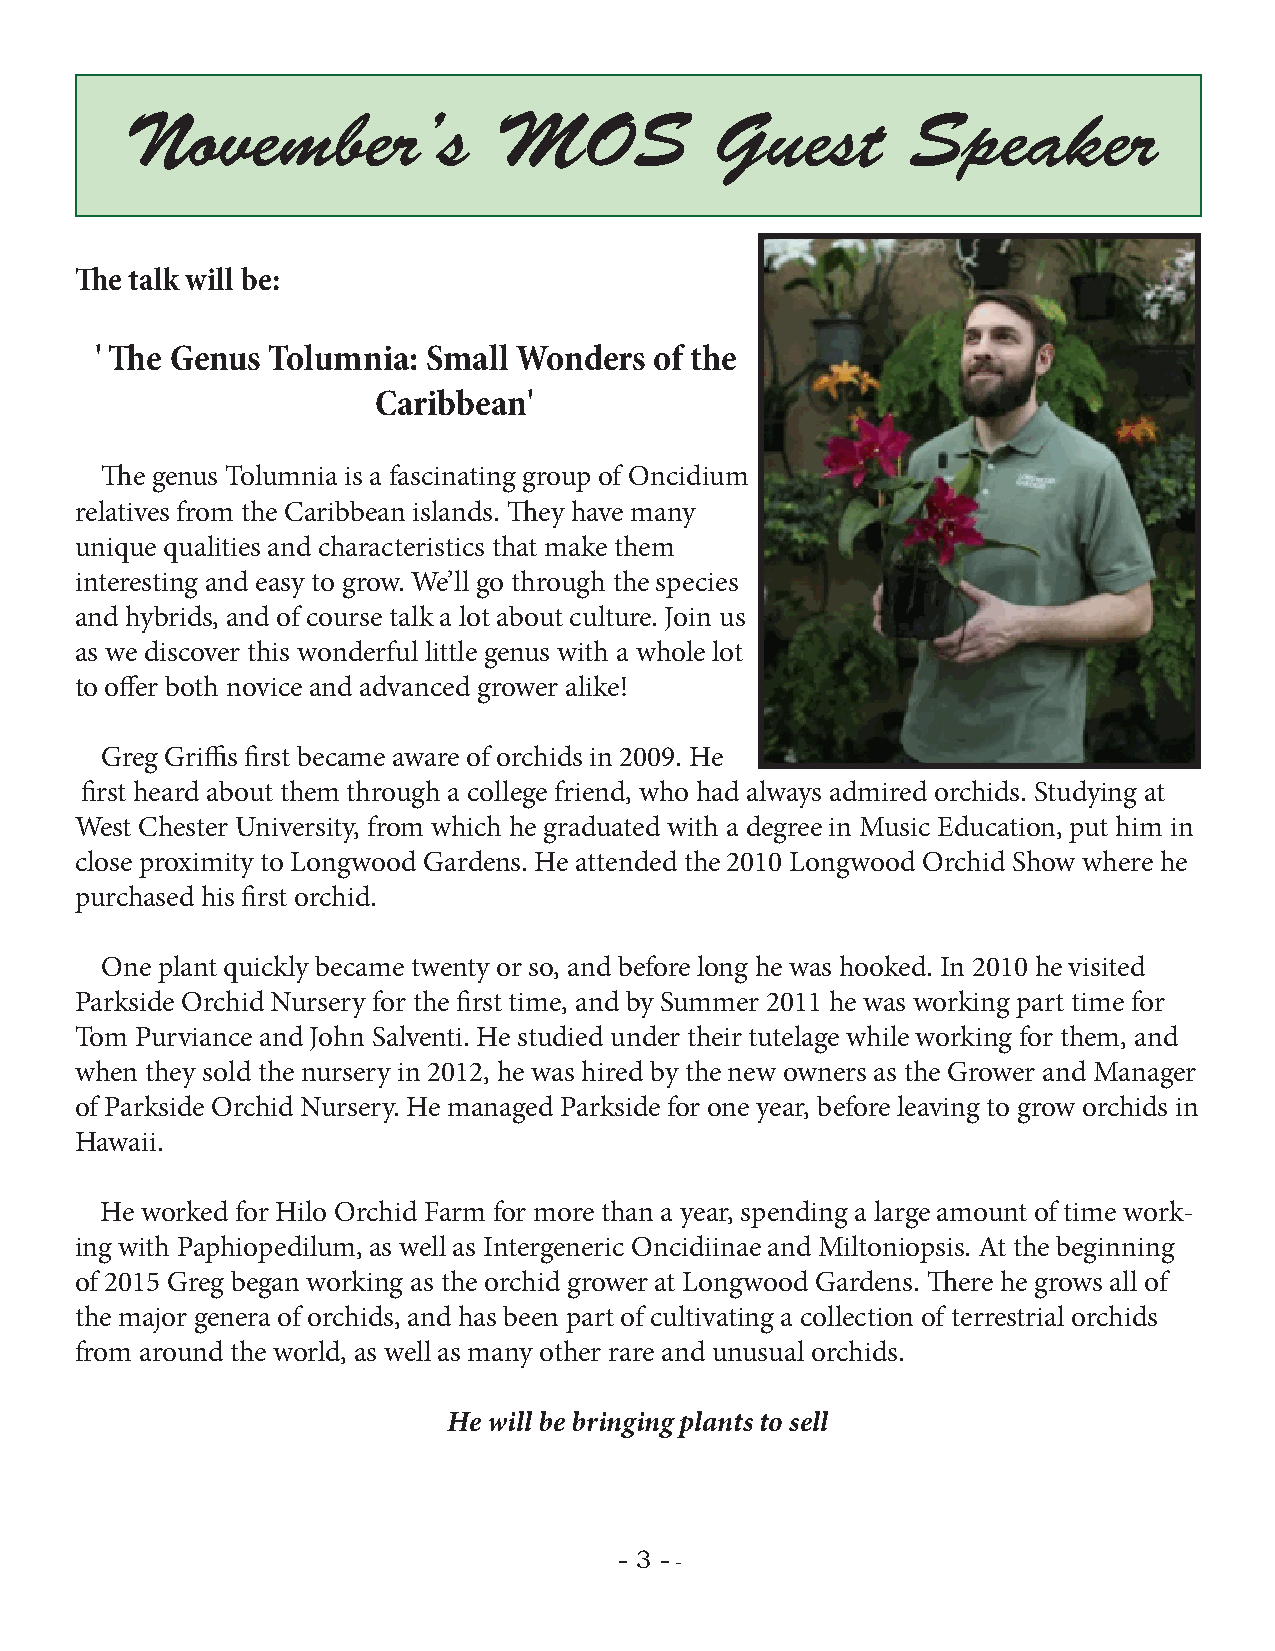
November’s               MOS           Guest        Speaker
 The talk will be:
 ' The Genus Tolumnia: Small Wonders  of the
 Caribbean'
 The genus Tolumnia is a fascinating group of Oncidium
 relatives from the Caribbean islands. They have many
 unique qualities and characteristics that make them
 interesting and easy to grow. We’ll go through the species
 and hybrids, and of course talk a lot about culture. Join us
 as we discover this wonderful little genus with a whole lot
 to offer both novice and advanced grower alike!
 Greg Griffis first became aware of orchids in 2009. He
 first heard about them through a college friend, who had always admired orchids. Studying at
 West Chester University, from which he graduated with a degree in Music Education, put him in
 close proximity to Longwood Gardens. He attended the 2010 Longwood Orchid Show where he
 purchased his first orchid.
 One plant quickly became twenty or so, and before long he was hooked. In 2010 he visited
 Parkside Orchid Nursery for the first time, and by Summer 2011 he was working part time for
 Tom Purviance and John Salventi. He studied under their tutelage while working for them, and
 when they sold the nursery in 2012, he was hired by the new owners as the Grower and Manager
 of Parkside Orchid Nursery. He managed Parkside for one year, before leaving to grow orchids in
 Hawaii.
 He worked for Hilo Orchid Farm for more than a year, spending a large amount of time work-
 ing with Paphiopedilum, as well as Intergeneric Oncidiinae and Miltoniopsis. At the beginning
 of 2015 Greg began working as the orchid grower at Longwood Gardens. There he grows all of
 the major genera of orchids, and has been part of cultivating a collection of terrestrial orchids
 from around the world, as well as many other rare and unusual orchids.
 He will be bringing plants to sell
 - 3 -
 -